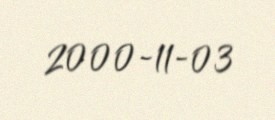
2000-11-03